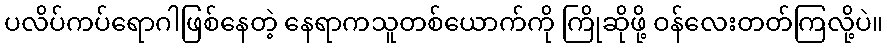
ပလိပ်ကပ်ရောဂါဖြစ်နေတဲ့ နေရာကသူတစ်ယောက်ကို ကြိုဆိုဖို့ ဝန်လေးတတ်ကြလို့ပဲ။